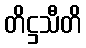
တိဋ္ဌသီတိ